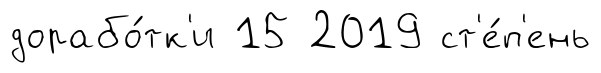
дорабо́тк'и 15 2019 ст'е́п'ень